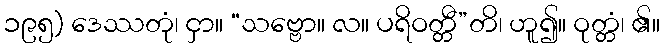
၁၉၅) ဒေဿတုံ၊ ငှာ။ “သဗ္ဗော။ လ။ ပရိဝတ္တီ”တိ၊ ဟူ၍။ ဝုတ္တံ၊ ၏။